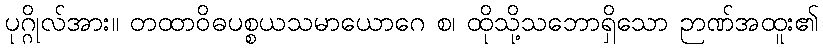
ပုဂ္ဂိုလ်အား။ တထာဝိဓပစ္စယသမာယောဂေ စ၊ ထိုသို့သဘောရှိသော ဉာဏ်အထူး၏